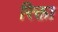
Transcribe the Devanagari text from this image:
रिक्ता